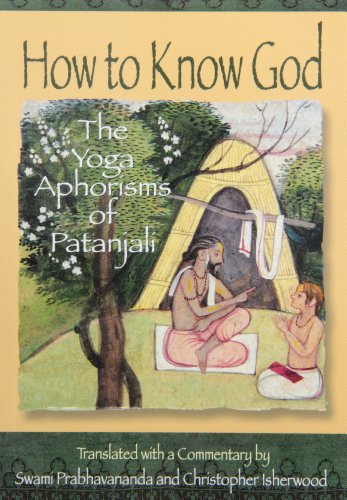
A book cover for How to Know God: The Yoga Aphorisms of Patanjali; Swami Prabhavananda; Religion & Spirituality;